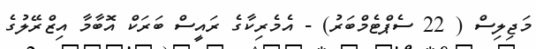
މަޖިލިސް ( 22 ސެޕްޓެމްބަރު) - އެމެރިކާގެ ރައީސް ބަރަކް އޮބާމާ އިޒްރޭލުގެ